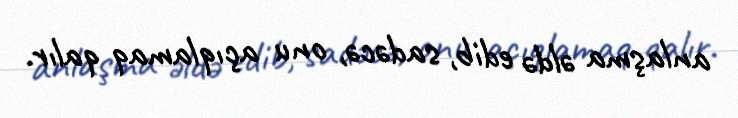
anlaşma əldə edib, sadəcə, onu açıqlamaq qalır.